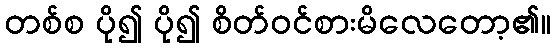
တစ်စ ပို၍ ပို၍ စိတ်ဝင်စားမိလေတော့၏။